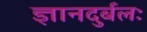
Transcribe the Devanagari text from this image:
ज्ञानदुर्बलः